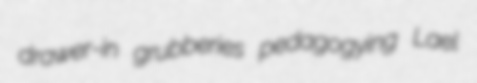
drawer-in grubberies pedagogying Lael